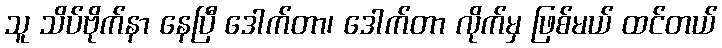
သူ သိပ်ဗိုက်နာ နေပြီ ဒေါက်တာ၊ ဒေါက်တာ လိုက်မှ ဖြစ်မယ် ထင်တယ်